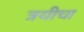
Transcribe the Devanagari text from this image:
त्रयीचा